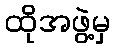
ထိုအဖွဲ့မှ